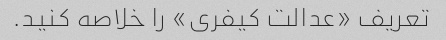
تعریف «عدالت کیفری» را خلاصه کنید.